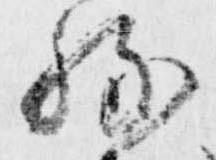
持